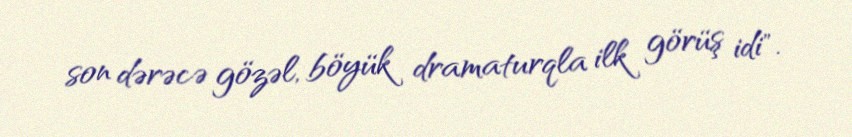
son dərəcə gözəl, böyük dramaturqla ilk görüş idi".